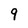
Character: 9